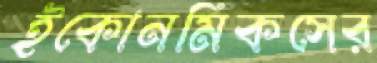
ইকোনমিকসের